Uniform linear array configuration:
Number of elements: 32
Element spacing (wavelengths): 0.75
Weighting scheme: uniform
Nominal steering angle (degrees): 45
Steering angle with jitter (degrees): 46.361
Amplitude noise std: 0.05
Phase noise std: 0.05

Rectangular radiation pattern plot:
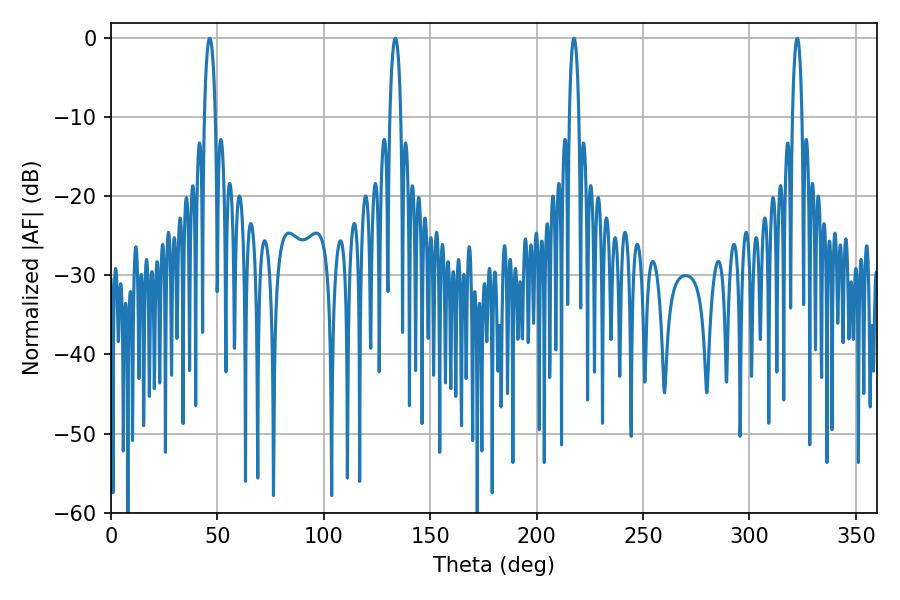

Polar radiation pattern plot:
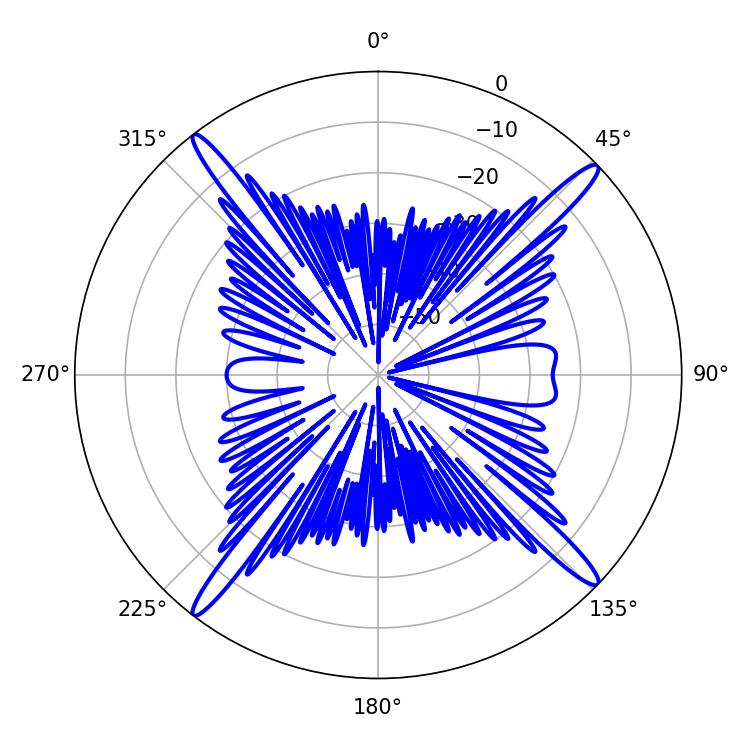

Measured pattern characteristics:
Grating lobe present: TRUE
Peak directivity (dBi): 19.225
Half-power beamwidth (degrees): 2.88
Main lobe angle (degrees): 133.56